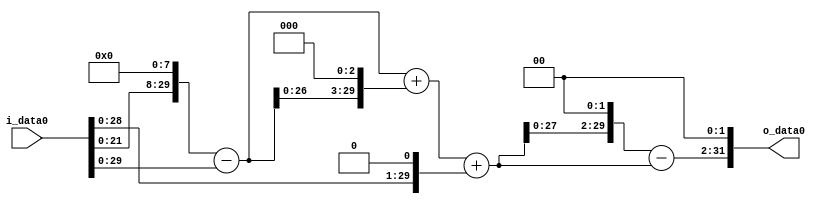
module multiplier_block (
    i_data0,
    o_data0
);

  // Port mode declarations:
  input   [31:0] i_data0;
  output  [31:0]
    o_data0;

  //Multipliers:

  wire [31:0]
    w1,
    w256,
    w255,
    w2040,
    w2295,
    w2,
    w2297,
    w9188,
    w6891,
    w27564;

  assign w1 = i_data0;
  assign w2 = w1 << 1;
  assign w2040 = w255 << 3;
  assign w2295 = w255 + w2040;
  assign w2297 = w2295 + w2;
  assign w255 = w256 - w1;
  assign w256 = w1 << 8;
  assign w27564 = w6891 << 2;
  assign w6891 = w9188 - w2297;
  assign w9188 = w2297 << 2;

  assign o_data0 = w27564;

  //multiplier_block area estimate = 6915.58560096765;
endmodule